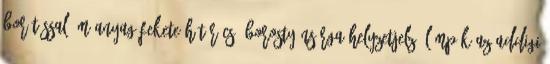
borítással; műanyag fekete hűtőrács, borostyánsárga helyzetjelző lámpák az addigi